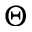
\Theta